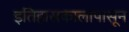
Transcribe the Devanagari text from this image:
इतिहासकालापासून